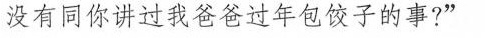
没有同你讲过我爸爸过年包饺子的事?”